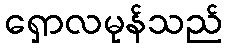
ရှောလမုန်သည်